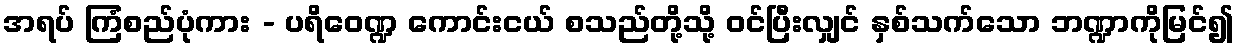
အရပ် ကြံစည်ပုံကား - ပရိဝေဏ္ဍ ကောင်းငယ် စသည်တို့သို့ ဝင်ပြီးလျှင် နှစ်သက်သော ဘဏ္ဍာကိုမြင်၍